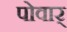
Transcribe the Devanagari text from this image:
पोवार्